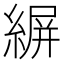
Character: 𦂤